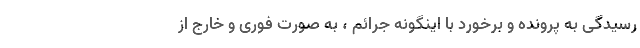
رسیدگی به پرونده و برخورد با اینگونه جرائم ، به صورت فوری و خارج از